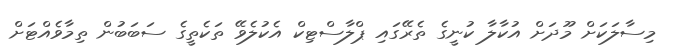
މިސާލަކަށް މޫދަށް އުކާލާ ކުނީގެ ތެރޭގައި ޕްލާސްޓިކް އެކުލެވޭ ތަކެތީގެ ސަބަބުން ތިމާވެއްޓަށް